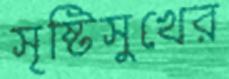
সৃষ্টিসুখের